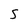
Character: S